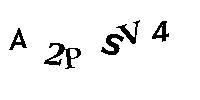
A2PSV4